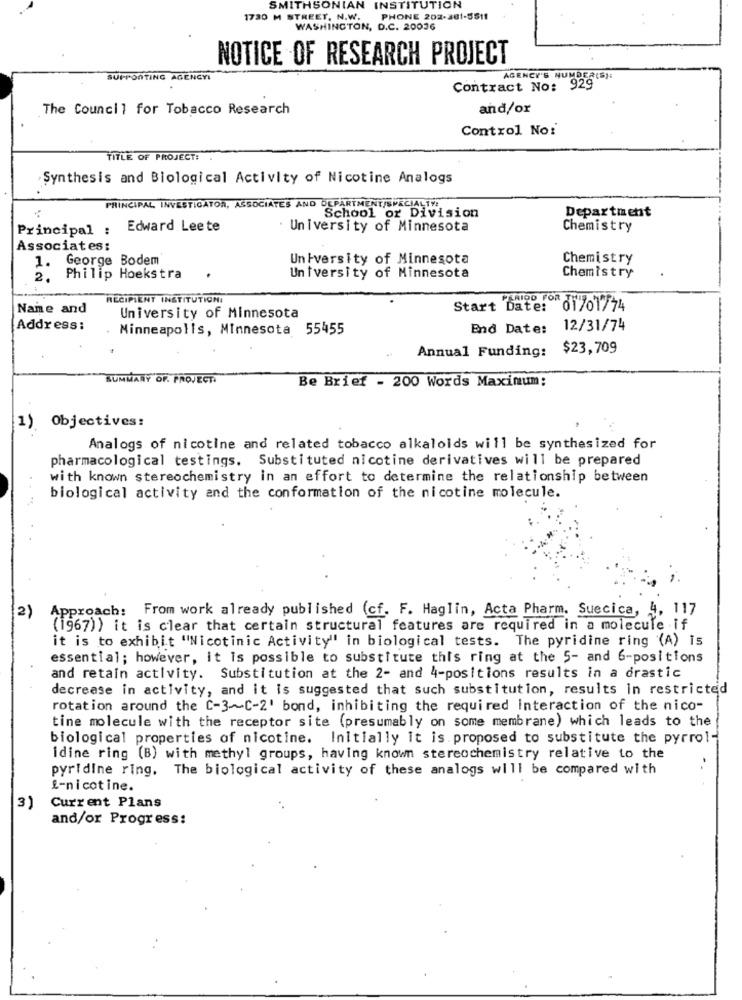
SMITHSONIAN INSTITUTION
1730 M STREET, N.W.
PHONE 202-201-5511
WASHINGTON, D.C. 20036
NOTICE OF RESEARCH PROJECT
SUPPORTING AGENCY!
AGENCY'S HUNDER(S):
Contract No: 929
The Council for Tobacco Research
and/or
Control No:
TITLE OF PROJECT:
Synthesis and Biological Activity of Nicotine Analogs
PRINCIPAL INVESTIGATOR, ASSOCIATES AND DEPARTMENT/SPECIALTY!
Department
School or Division
Principal :
Edward Leete
University of Minnesota
Chemistry
Associates:
1. George Bodem
University of Minnesota
Chemistry
2. Philip Hoekstra
University of Minnesota
Chemistry
RECIPIENT INSTITUTIONI
PERIOD FOR
Nane and
Start Date:
di701774
University of Minnesota
Address:
. Minneapolis, Minnesota 55455
End Date:
12/31/74
Annual Funding:
$23,709
SUMMARY OF. PROJECT.
Be Brief - 200 Words Maximum:
1) Objectives:
Analogs of nicotine and related tobacco alkaloids will be synthesized for
pharmacological testings. Substituted nicotine derivatives will be prepared
with known stereochemistry in an effort to determine the relationship between
biological activity and the conformation of the nicotine molecule.
2)
Approach: From work already published (cf. F. Haglin, Acta Pharm. Suecica, 4, 117
(1967)) it is clear that certain structural features are required in a molecule if
it is to exhibit "Nicotinic Activity" in biological tests. The pyridine ring (A) is
essential; however, it is possible to substitute this ring at the 5- and 6-positions
and retain activity. Substitution at the 2- and 4-positions results in a drastic
decrease in activity, and it is suggested that such substitution, results in restricted
rotation around the C-3~C-2' bond, inhibiting the required interaction of the nico
tine molecule with the receptor site (presumably on some membrane) which leads to the
biological properties of nicotine. Initially it is proposed to substitute the pyrrol-
idine ring (B) with methyl groups, having known stereochemistry relative to the
pyridine ring. The biological activity of these analogs will be compared with
&-nicotine.
3)
Current Plans
and/or Progress: